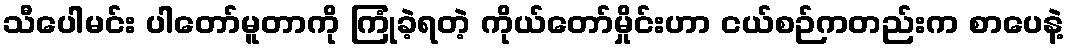
သီပေါမင်း ပါတော်မူတာကို ကြုံခဲ့ရတဲ့ ကိုယ်တော်မှိုင်းဟာ ငယ်စဉ်ကတည်းက စာပေနဲ့